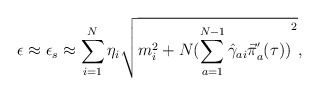
\begin{align*}\epsilon \approx \epsilon_s\approx \sum_{i=1}^N\eta_i\sqrt{m^2_i+N{(\sum_{a=1}^{N-1}{\hat \gamma}_{ai}{\vec \pi}^{'}_a(\tau ))}^2},\end{align*}